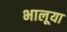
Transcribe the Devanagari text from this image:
भालूया